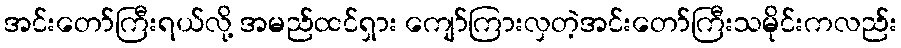
အင်းတော်ကြီးရယ်လို့ အမည်ထင်ရှား ကျော်ကြားလှတဲ့အင်းတော်ကြီးသမိုင်းကလည်း